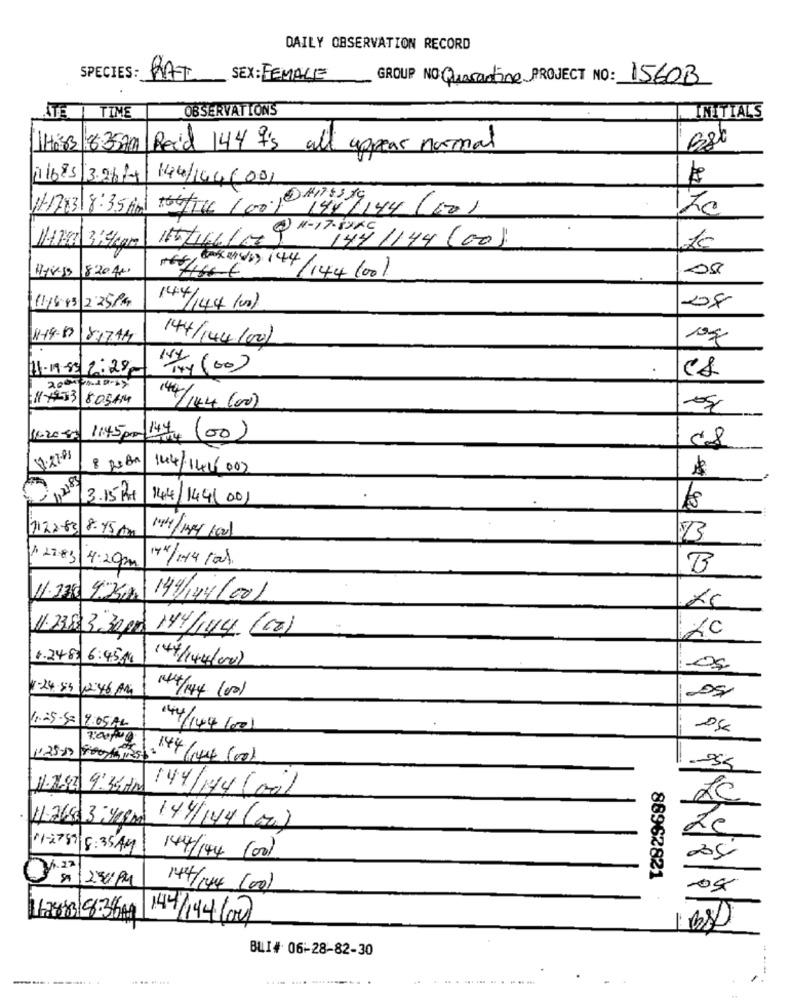
DAILY OBSERVATION RECORD
SPECIES:
RAT
SEX : FEMALE
GROUP NO: Quarantine PROJECT NO: 1560B
ITE
OBSERVATIONS
INITIALS
TIME
HAS3 835700
Reid 144 9's all appear normal
11685 3.26/
144/144 6091
11-1783 8:35 Mm 14 10010 144/144 (60)
10
144/144 (00)
820400
(PKV1) 144/144 100)
11, 5.43 2:25PM
144/144/00)
08
1-14-83
81744
144/44(00)
11-11-85 2:29
C8
11 +33 80544
14/144 (00)
11:45pm 144 100
58
11.27.03
8 ps An
144/141/007
112185
3.15 Px
144/144 (00)
24 .40
1122-63 8.45 Am
14/18/001
127.83
144/144 /at.
4:29pm
B
11.33 425
144/144/001
1.2383 3,30 pm 144/149 (00)
LC
1.24-83 6:451
14/144/00)
N-24:53 12:46 AM
14/144 1001
11.25-52 9:05 AM
14/144 600)
-35
ULISE 9:36 AM
144/174(00)
144/144 (0)
11-2759 8:35 AM
144/144 (00)
2:30PM
88962821
144/144 (00)
-0g
128818:36Mg
144/194(00)
BLI# 06-28-82-30
-----.... ..
.. .. .. ...
.. .
---
.---- ---